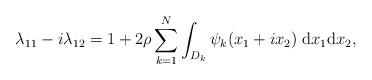
LaTeX: \begin{align*}\lambda_{11}- i \lambda_{12}=1+2\rho\sum_{k=1}^N \int_{D_k}\psi_k(x_1+ix_2)\;\textrm{d}x_1\textrm{d}x_2, \end{align*}